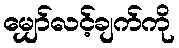
မျှော်လင့်ချက်ကို